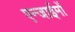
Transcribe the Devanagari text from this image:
एन्जाईमों